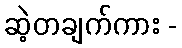
ဆဲ့တချက်ကား -